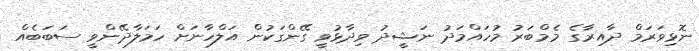
ނޮޅިވަރަމް ދާއިރާގެ މެމްބަރު މުހައްމަދު ނަޝީދު ވިދާޅުވީ ގޭންގަކުން އަލްހާނަށް ހަމަލާދޭންވީ ސަބަބެއް